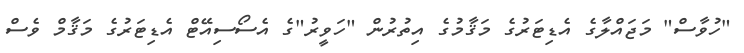
"ހުވާސް" މަޖައްލާގެ އެޑިޓަރުގެ މަޤާމުގެ އިތުރުން "ހަވީރު"ގެ އެސޯސިއޭޓް އެޑިޓަރުގެ މަޤާމް ވެސް